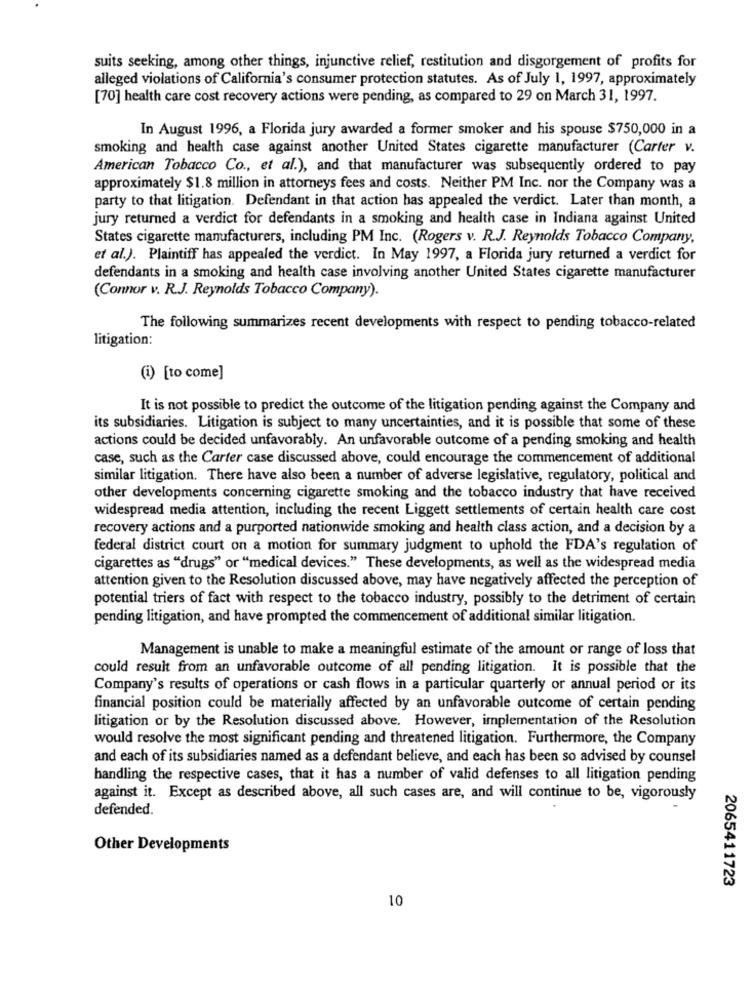
suits seeking, among other things, injunctive relief, restitution and disgorgement of profits for
alleged violations of California's consumer protection statutes. As of July 1, 1997, approximately
[70] health care cost recovery actions were pending, as compared to 29 on March 31, 1997.
In August 1996, a Florida jury awarded a former smoker and his spouse $750,000 in a
smoking and health case against another United States cigarette manufacturer (Carter v.
American Tobacco Co ., et al.), and that manufacturer was subsequently ordered to pay
approximately $1.8 million in attorneys fees and costs. Neither PM Inc. nor the Company was a
party to that litigation. Defendant in that action has appealed the verdict. Later than month, a
jury returned a verdict for defendants in a smoking and health case in Indiana against United
States cigarette manufacturers, including PM Inc. (Rogers v. R.J. Reynolds Tobacco Company,
et al.). Plaintiff has appealed the verdict. In May 1997, a Florida jury returned a verdict for
defendants in a smoking and health case involving another United States cigarette manufacturer
(Connor v. R.J. Reynolds Tobacco Company).
The following summarizes recent developments with respect to pending tobacco-related
litigation:
(i) [to come]
It is not possible to predict the outcome of the litigation pending against the Company and
its subsidiaries. Litigation is subject to many uncertainties, and it is possible that some of these
actions could be decided unfavorably. An unfavorable outcome of a pending smoking and health
case, such as the Carter case discussed above, could encourage the commencement of additional
similar litigation. There have also been a number of adverse legislative, regulatory, political and
other developments concerning cigarette smoking and the tobacco industry that have received
widespread media attention, including the recent Liggett settlements of certain health care cost
recovery actions and a purported nationwide smoking and health class action, and a decision by a
federal district court on a motion for summary judgment to uphold the FDA's regulation of
cigarettes as "drugs" or "medical devices." These developments, as well as the widespread media
attention given to the Resolution discussed above, may have negatively affected the perception of
potential triers of fact with respect to the tobacco industry, possibly to the detriment of certain
pending litigation, and have prompted the commencement of additional similar litigation.
Management is unable to make a meaningful estimate of the amount or range of loss that
could result from an unfavorable outcome of all pending litigation. It is possible that the
Company's results of operations or cash flows in a particular quarterly or annual period or its
financial position could be materially affected by an unfavorable outcome of certain pending
litigation or by the Resolution discussed above. However, implementation of the Resolution
would resolve the most significant pending and threatened litigation. Furthermore, the Company
and each of its subsidiaries named as a defendant believe, and each has been so advised by counsel
handling the respective cases, that it has a number of valid defenses to all litigation pending
against it. Except as described above, all such cases are, and will continue to be, vigorously
defended.
Other Developments
2065411723
10